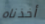
أخذناه